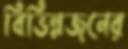
বিভিন্নজনের